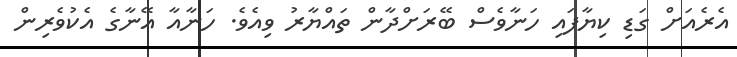
އެރެއަށް ގަޑި ކިޔާފައި ހަނާވެސް ބޭރަށްދާން ތައްޔާރު ވިއެވެ. ހަނާއާ އޭނާގެ އެކުވެރިން